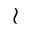
\wr